Report of the Indian Hemp Drugs Commission, 1894-1895 - Volume IV
Year: 1894
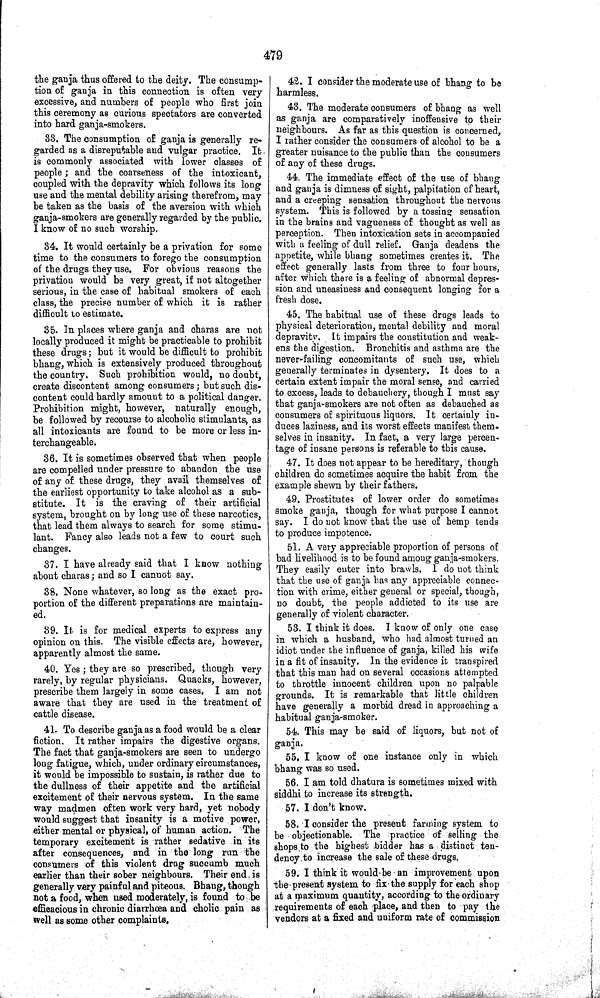
479
the ganja thus offered to the deity. The consump-
tion of ganja in this connection is often very
excessive, and numbers of people who first join
this ceremony as curious spectators are converted
into hard ganja-smokers.
33. The consumption of ganja is generally re-
garded as a disreputable and vulgar practice. It
is commonly associated with lower classes of
people; and the coarseness of the intoxicant,
coupled with the depravity which follows its long
use and the mental debility arising therefrom, may
be taken as the basis of the aversion with which
ganja-smokers are generally regarded by the public.
I know of no such worship.
34. It would certainly be a privation for some
time to the consumers to forego the consumption
of the drugs they use. For obvious reasons the
privation would be very great, if not altogether
serious, in the case of habitual smokers of each
class, the precise number of which it is rather
difficult to estimate.
35. In places where ganja and charas are not
locally produced it might be practicable to prohibit
these drugs; but it would be difficult to prohibit
bhang, which is extensively produced throughout
the country. Such prohibition would, no doubt,
create discontent among consumers; but such dis-
content could hardly amount to a political danger.
Prohibition might, however, naturally enough,
be followed by recourse to alcoholic stimulants, as
all intoxicants are found to be more or less in-
terchangeable.
36. It is sometimes observed that when people
are compelled under pressure to abandon the use
of any of these drugs, they avail themselves of
the earliest opportunity to take alcohol as a sub-
stitute. It is the craving of their artificial
system, brought on by long use of these narcotics,
that lead them always to search for some stimu-
lant. Fancy also leads not a few to court such
changes.
37. I have already said that I know nothing
about charas; and so I cannot say.
38. None whatever, so long as the exact pro-
portion of the different preparations are maintain-
ed.
39. It is for medical experts to express any
opinion on this. The visible effects are, however,
apparently almost the same.
40. Yes; they are so prescribed, though very
rarely, by regular physicians. Quacks, however,
prescribe them largely in some cases. I am not
aware that they are used in the treatment of
cattle disease.
41. To describe ganja as a food would be a clear
fiction. It rather impairs the digestive organs.
The fact that ganja-smokers are seen to undergo
long fatigue, which, under ordinary circumstances,
it would be impossible to sustain, is rather due to
the dullness of their appetite and the artificial
excitement of their nervous system. In the same
way madmen often work very hard, yet nobody
would suggest that insanity is a motive power,
either mental or physical, of human action. The
temporary excitement is rather sedative in its
after consequences, and in the long run the
consumers of this violent drug succumb much
earlier than their sober neighbours. Their end is
generally very painful and piteous. Bhang, though
not a food, when used moderately, is found to be
efficacious in chronic diarrhœa and cholic pain as
well as some other complaints.
42. I consider the moderate use of bhang to be
harmless.
43. The moderate consumers of bhang as well
as ganja are comparatively inoffensive to their
neighbours. As far as this question is concerned,
I rather consider the consumers of alcohol to be a
greater nuisance to the public than the consumers
of any of these drugs.
44. The immediate effect of the use of bhang
and ganja is dimness of sight, palpitation of heart,
and a creeping sensation throughout the nervous
system. This is followed by a tossing sensation
in the brains and vagueness of thought as well as
perception. Then intoxication sets in accompanied
with a feeling of dull relief. Ganja deadens the
appetite, while bhang sometimes creates it. The
effect generally lasts from three to four hours,
after which there is a feeling of abnormal depres-
sion and uneasiness and consequent longing for a
fresh dose.
45. The habitual use of these drugs leads to
physical deterioration, mental debility and moral
depravity. It impairs the constitution and weak-
ens the digestion. Bronchitis and asthma are the
never-failing concomitants of such use, which
generally terminates in dysentery. It does to a
certain extent impair the moral sense, and carried
to excess, leads to debauchery, though I must say
that ganja-smokers are not often as debauched as
consumers of spirituous liquors. It certainly in-
duces laziness, and its worst effects manifest them-
selves in insanity. In fact, a very large percen-
tage of insane persons is referable to this cause.
47. It does not appear to be hereditary, though
children do sometimes acquire the habit from the
example shewn by their fathers.
49. Prostitutes of lower order do sometimes
smoke ganja, though for what purpose I cannot
say. I do not know that the use of hemp tends
to produce impotence.
51. A very appreciable proportion of persons of
bad livelihood is to be found among ganja-smokers.
They easily enter into brawls. I do not think
that the use of ganja has any appreciable connec-
tion with crime, either general or special, though,
no doubt, the people addicted to its use are
generally of violent character.
53. I think it does. I know of only one case
in which a husband, who had almost turned an
idiot under the influence of ganja, killed his wife
in a fit of insanity. In the evidence it transpired
that this man had on several occasions attempted
to throttle innocent children upon no palpable
grounds. It is remarkable that little children
have generally a morbid dread in approaching a
habitual ganja-smoker.
54. This may be said of liquors, but not of
ganja.
55. I know of one instance only in which
bhang was so used.
56. I am told dhatura is sometimes mixed with
siddhi to increase its strength.
57. I don't know.
58. I consider the present farming system to
be objectionable. The practice of selling the
shops to the highest bidder has a distinct ten-
dency to increase the sale of these drugs.
59. I think it would be an improvement upon
the present system to fix the supply for each shop
at a maximum quantity, according to the ordinary
requirements of each place, and then to pay the
vendors at a fixed and uniform rate of commission